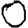
Digit: 0